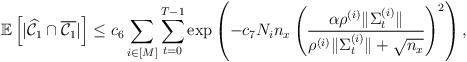
LaTeX: \begin{align*}\mathbb{E}\left[|\widehat{\mathcal{C}}_1 \cap \overline{\mathcal{C}_1}|\right] &\leq c_6\sum_{i \in [M]} \sum_{t=0}^{T-1} \exp\left(-c_7 N_in_x \left(\frac{\alpha \rho^{(i)} \|\Sigma^{(i)}_t\|}{\rho^{(i)}\|\Sigma^{(i)}_t\| + \sqrt{n_x} }\right)^2\right),\\\end{align*}